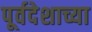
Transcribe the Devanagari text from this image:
पूर्वदेशाच्या